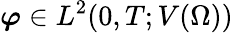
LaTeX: \boldsymbol\varphi\in L^{2}(0,T;V(\Omega))